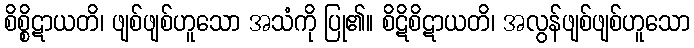
စိစ္စိဋာယတိ၊ ဖျစ်ဖျစ်ဟူသော အသံကို ပြု၏။ စိဋိစိဋာယတိ၊ အလွန်ဖျစ်ဖျစ်ဟူသော